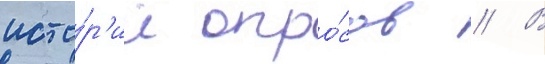
исто́р'ии опро́сов // В